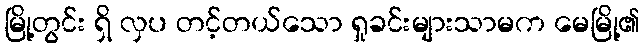
မြို့တွင်း ရှိ လှပ တင့်တယ်သော ရှုခင်းများသာမက မေမြို့၏